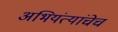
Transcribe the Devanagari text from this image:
अभियंत्यांचेच